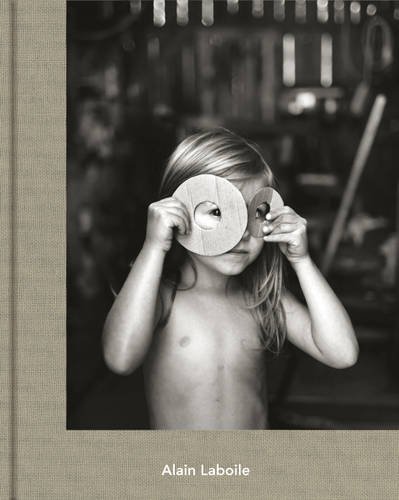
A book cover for At the Edge of the World; Arts & Photography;